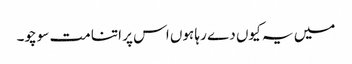
میں یہ کیوں دے رہا ہوں اس پر اتنا مت سوچو۔